Vital statistics of India. Vol. V, Reports of 1876 on armies & jails and on epidemic cholera
Year: 1876
Disease focus: Cholera
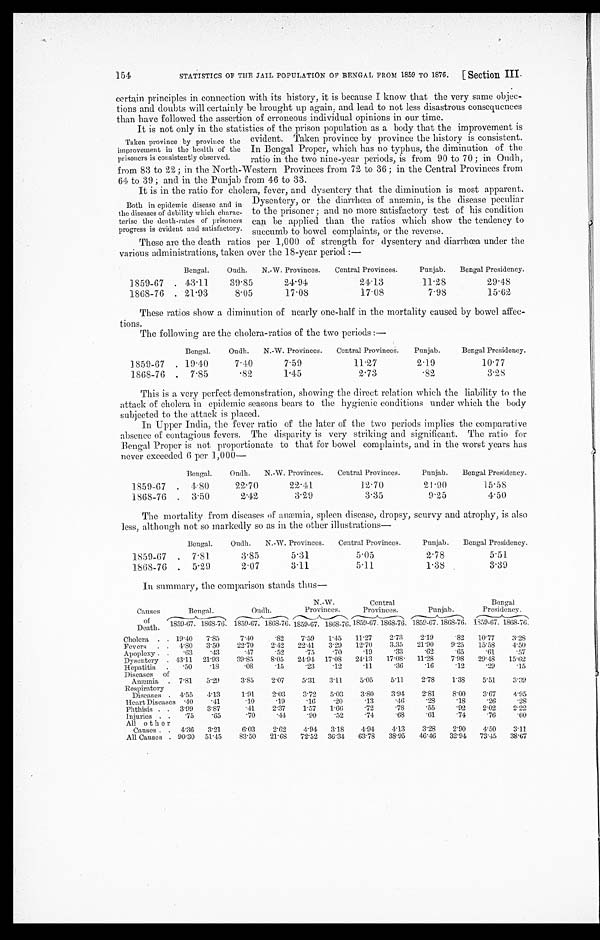
STATISTICS OF THE JAIL POPULATION OF BENGAL FROM 1859 TO 1876. [Section III.
154
certain principles in connection with its history, it is because I know that the very same objec
- t i o n s a n d d o u b t s w i l l c e r t a i n l y b e b r o u g h t u p a g a i n , a n d l e a d t o n o t l e s s d i s a s t r o u s c o n s e q u e n c e s
than have followed the assertion of erroneous individual opinions in our time.
It is not only in the statistics of the prison population as a body that the improvement is
evident. Taken province by province the history is consistent.
In Bengal Proper, which has no typhus, the diminution of the
ratio in the two nine-year periods, is from 90 to 70; in Oudh,
from 83 to 22; in the North-Western Provinces from 72 to 36; in the Central Provinces from
64 to 39; and in the Punjab from 46 to 33.
It is in the ratio for cholera, fever, and dysentery that the diminution is most apparent.
Dysentery, or the diarrhœa of anæmia, is the disease peculiar
to the prisoner; and no more satisfactory test of his condition
can be applied than the ratios which show the tendency to
succumb to bowel complaints, or the reverse.
These are the death ratios per 1,000 of strength for dysentery and diarrhœa under the
various administrations, taken over the 18-year period:—
Bengal. Oudh. N.-W. Provinces. Central Provinces.
Punjab. Bengal Presidency.
1859-67
43.11
39.85
24.94
24.13
11.28
29.48
1868-76
21.93
8.05
17.08
17.08
7.98
1 5 . 6 2
These ratios show a diminution of nearly one-half in the mortality caused by bowel affec
-tions.
The following are the cholera-ratios of the two periods:—
Bengal. Oudh. N.-W. Provinces. Central Provinces. Punjab.
Bengal Presidency.
1859-67 19.40
7.40
7.59
1 1 . 2 7 2.19
10.77
1868-76
7.85
.82
1.45
2.73
.82
3 . 2 8
This is a very perfect demonstration, showing the direct relation which the liability to the
attack of cholera in epidemic seasons bears to the hygienic conditions under which the body
subjected to the attack is placed.
In Upper India, the fever ratio of the later of the two periods implies the comparative
absence of contagious fevers. The disparity is very striking and significant. The ratio for
Bengal Proper is not proportionate to that for bowel complaints, and in the worst years has
never exceeded 6 per 1,000—
Bengal. Oudh. N.-W. Provinces. Central Provinces.
Punjab. Bengal Presidency.
1859-67
4.80
22.70
22. 41
12.70
21.90
15.58
1868-76
3.50
2.42
3.29
3.35
9.25
4.50
The mortality from diseases of anæmia, spleen disease, dropsy, scurvy and atrophy, is also
less, although not so markedly so as in the other illustrations
—
Bengal. Oudh. N.-W. Provinces. Central Provinces.
Punjab. Bengal Presidency.
1859-67
7.81
3.85
5.31
5.05
2.78
5.51
1868-76
5.29
2.07
3 . 1 1
5 . 1 1
1 . 3 8
3.39
In summary, the comparison stands thus
—
Causes
of
Death.
Bengal.
Oudh.
N.-W.
Provinces.
Central
Provinces.
Punjab.
Bengal
Presidency.
1859-67. 1868-76. 1859-67. 1868-76. 1859-67. 1868-76. 1859-67. 1868-76. 1859-67.1868-76. 1859-67. 1868-76.
Cholera
19.40 7.85
7.40
.82 7.59 1.45 11.27 2.73 2.19 .82 10.77 3 . 2 8
Fevers
4.80 3. 50
22.70 2.42 22.41 3.29 12.70 3.35 21.90 9.25 15.58 4 . 5 0
Apoplexy
.63
. 4 3
.47
. 5 2 .75 .70 .19 .33 .62 .65 .61 .57
Dysentery 43.11 21. 93
39.85 8.05 24.94 17.08 24.13 17.08 11.28 7.98 29.48 1 5 . 6 2
Hepatitis
.50
. 1 8
.08 .15 .23 .12
. 1 1 .36
. 1 6 .12 .29 .15
Diseases of A n æ m i a
7.81 5.29
3.85 2.07 5.31 3. 11
5.05 5.11 2.78 1.38 5. 51 3 . 3 9
Respiratory Diseases 4.55 4. 13
1.91 2.03 3.72 5. 03
3.80 3.94 2.81 8.00 3. 67 4 . 9 5
Heart Diseases . 4 0 .41
.10 .19 .16 .20 .13 .46 .28 .18 .26 .28
Phthisis
3.99 3. 87
.41 2.37 1.57 1. 66
.72
. 7 8 .55 .92 2.02 2.22
Injuries
.75 .65
.70 .44 .90 .52 .74 .68 .61 .74 .76 .60
All other
Causes
4.36 3. 21
6.03 2.62 4.94 3.18 4.94 4.13 3.28 2.90 4. 50 3.11
All Causes 90.30 51. 45
83.50 21.68 72.52 36.34 63.78 38.95 46.46 32.94 73.45 3 8 . 6 7
Taken province by province the
improvement in the health of the
prisoners is consistently observed.
Both in epidemic disease and in
the diseases of debility which charac
-
terise the death-rates of prisoners
progress is evident and satisfactory.